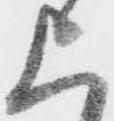
上